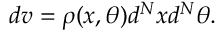
d v = \rho ( x , \theta ) d ^ { N } x d ^ { N } \theta .